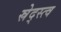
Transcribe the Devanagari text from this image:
स्रेद्स्त्व